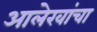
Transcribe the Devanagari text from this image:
आलेखांचा